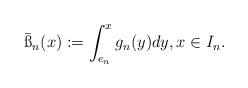
LaTeX: \begin{align*}\bar{\ss}_n(x):=\int_{e_n}^xg_n(y)dy,x\in I_n.\end{align*}